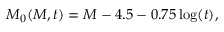
M _ { 0 } ( M , t ) = M - 4 . 5 - 0 . 7 5 \log ( t ) ,